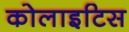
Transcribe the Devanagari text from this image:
कोलाइटिस